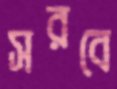
সরবে